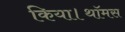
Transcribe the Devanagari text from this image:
किया।थॉमस